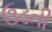
ઉડતી